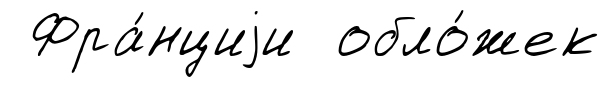
Фра́нциjи обло́жек